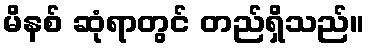
မိနစ် ဆုံရာတွင် တည်ရှိသည်။